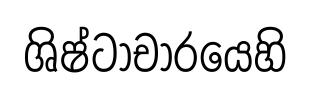
ශිෂ්ටාචාරයෙහි